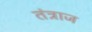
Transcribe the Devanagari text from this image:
तंत्राज